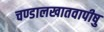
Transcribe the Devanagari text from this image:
चण्डालखातवापीषु